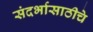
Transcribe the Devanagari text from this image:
संदर्भासाठीचे